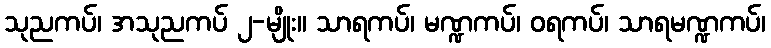
သုညကပ်၊ အသုညကပ် ၂-မျိုး။ သာရကပ်၊ မဏ္ဍကပ်၊ ဝရကပ်၊ သာရမဏ္ဍကပ်၊